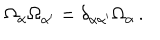
LaTeX: \Omega _ { \alpha } \Omega _ { \alpha ^ { \prime } } = \delta _ { \alpha \alpha ^ { \prime } } \Omega _ { \alpha } \, .